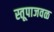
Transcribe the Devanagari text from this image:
स्तूपाजवळ